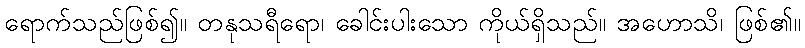
ရောက်သည်ဖြစ်၍။ တနုသရီရော၊ ခေါင်းပါးသော ကိုယ်ရှိသည်။ အဟောသိ၊ ဖြစ်၏။